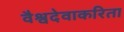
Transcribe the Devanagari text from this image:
वैश्वदेवाकरिता